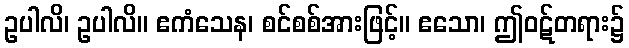
ဥပါလိ၊ ဥပါလိ။ ဧကံသေန၊ စင်စစ်အားဖြင့်။ ဧသော၊ ဤဝဋ်တရား၌